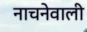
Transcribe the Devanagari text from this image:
नाचनेवाली